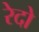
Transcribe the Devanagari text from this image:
रेदो